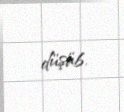
düşüb.